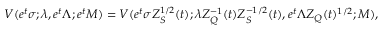
V ( e ^ { t } \sigma ; \lambda , e ^ { t } \Lambda ; e ^ { t } M ) = V ( e ^ { t } \sigma Z _ { S } ^ { 1 / 2 } ( t ) ; \lambda Z _ { Q } ^ { - 1 } ( t ) Z _ { S } ^ { - 1 / 2 } ( t ) , e ^ { t } \Lambda Z _ { Q } ( t ) ^ { 1 / 2 } ; M ) ,